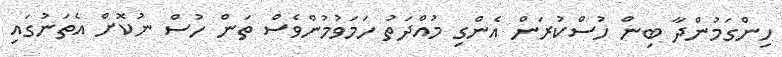
ހިންގަމުންދާ ބިން ހުސްކުރަން އެންގި މުއްދަތު ހަމަވުމުންވެސް ތަން ހުސް ނުކޮށް އެތަނުގައި